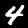
Label: 4